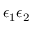
\epsilon _ { 1 } \epsilon _ { 2 }